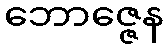
ဘောဇ္ဇေန